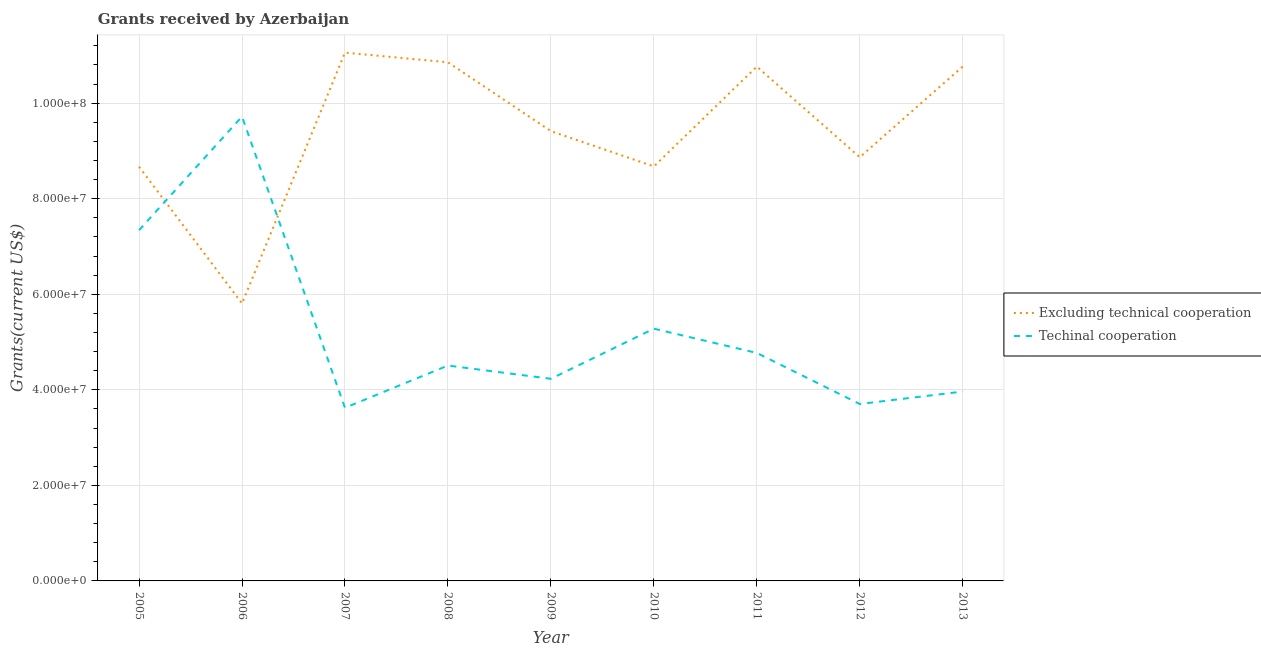
| Year | Excluding technical cooperation | Techinal cooperation |
 | --- | --- | --- |
 | 2005 | 8.67e+07 | 7.34e+07 |
 | 2006 | 5.81e+07 | 9.72e+07 |
 | 2007 | 1.11e+08 | 3.62e+07 |
 | 2008 | 1.09e+08 | 4.51e+07 |
 | 2009 | 9.42e+07 | 4.23e+07 |
 | 2010 | 8.68e+07 | 5.28e+07 |
 | 2011 | 1.08e+08 | 4.77e+07 |
 | 2012 | 8.87e+07 | 3.7e+07 |
 | 2013 | 1.08e+08 | 3.96e+07 |